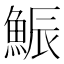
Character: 𩷩